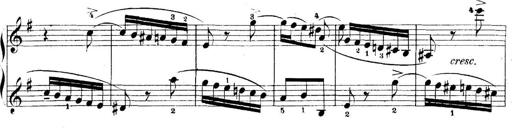
Title: 5 Sonatinas
Composer: Theodor Kirchner